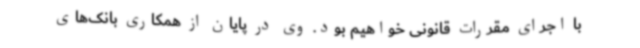
با اجرای مقررات قانونی خواهیم بود. وی در پایان از همکاری بانک‌های